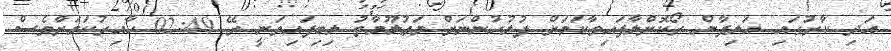
އަދި ކާރުގައި އަލިފާން ރޯކޮށްލާފައިވާކަމަށް ފުލުހުންނަށް މަޢުލޫމާތު ލިބިފައިވަނީ ރޭ 02:49 ހާއިރުކަމަށްވެސް